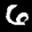
Label: 6